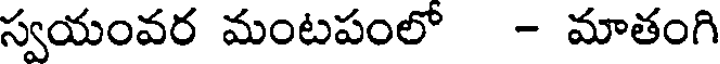
స్వయంవర మంటపంలో - మాతంగి